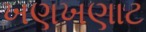
ખણખણાટ